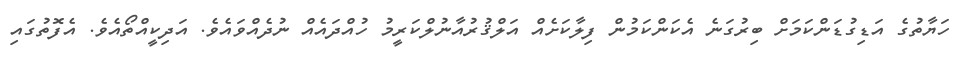
ހަޔާތުގެ އަޑިގުޑަންކަމަށް ބިރުގަނެ އެކަންކަމުން ފިލާކަށެއް އަލްޤުރުއާނުލްކަރީމު ހުއްދައެއް ނުދެއްވައެވެ. އަދިކީއްތޯއެވެ. އެފޮތުގައި